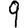
Digit: 9